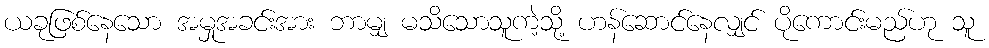
ယခုဖြစ်နေသော အမှုအခင်းအား ဘာမျှ မသိသောသူကဲ့သို့ ဟန်ဆောင်နေလျှင် ပိုကောင်းမည်ဟု သူ